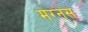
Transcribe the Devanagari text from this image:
मग्नस